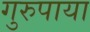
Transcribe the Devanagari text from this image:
गुरुपाया